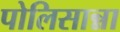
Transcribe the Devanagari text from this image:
पोलिसान्ना